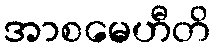
အာစမေဟီတိ